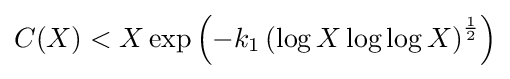
C(X)<X\exp \left({-k_{1}\left(\log X\log \log X\right)^{\frac {1}{2}}}\right)